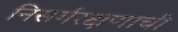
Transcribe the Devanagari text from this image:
निसर्गरक्षणाची